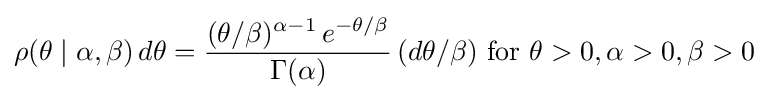
\rho (\theta \mid \alpha ,\beta )\,d\theta ={\frac {(\theta /\beta )^{\alpha -1}\,e^{-\theta /\beta }}{\Gamma (\alpha )}}\,(d\theta /\beta ){\text{ for }}\theta >0,\alpha >0,\beta >0\,\!